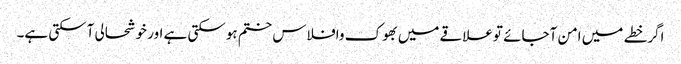
اگرخطے میں امن آجائے توعلاقے میں بھوک وافلاس ختم ہوسکتی ہے اور خوشحالی آسکتی ہے۔